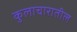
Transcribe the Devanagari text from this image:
कुलाचारातील